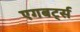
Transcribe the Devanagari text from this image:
एगबर्ट्स